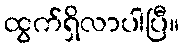
ထွက်ရှိလာပါပြီ။